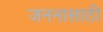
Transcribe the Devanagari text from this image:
जननासाठी